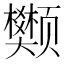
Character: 𫖺